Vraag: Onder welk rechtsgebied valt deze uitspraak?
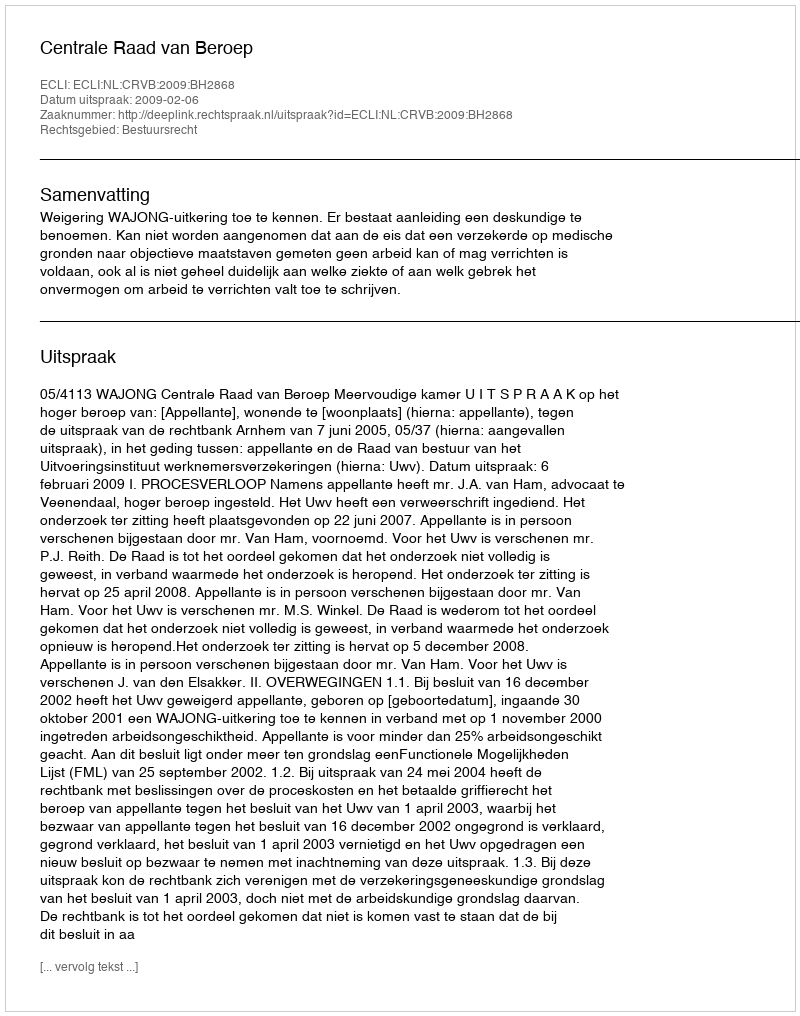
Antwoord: Bestuursrecht